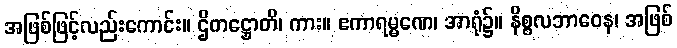
အဖြစ်ဖြင့်လည်းကောင်း။ ဌိတဋ္ဌောတိ၊ ကား။ ဧကာရမ္မဏေ၊ အာရုံ၌။ နိစ္စလဘာဝေန၊ အဖြစ်